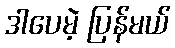
ဒါပေမဲ့ ပြန်မယ်